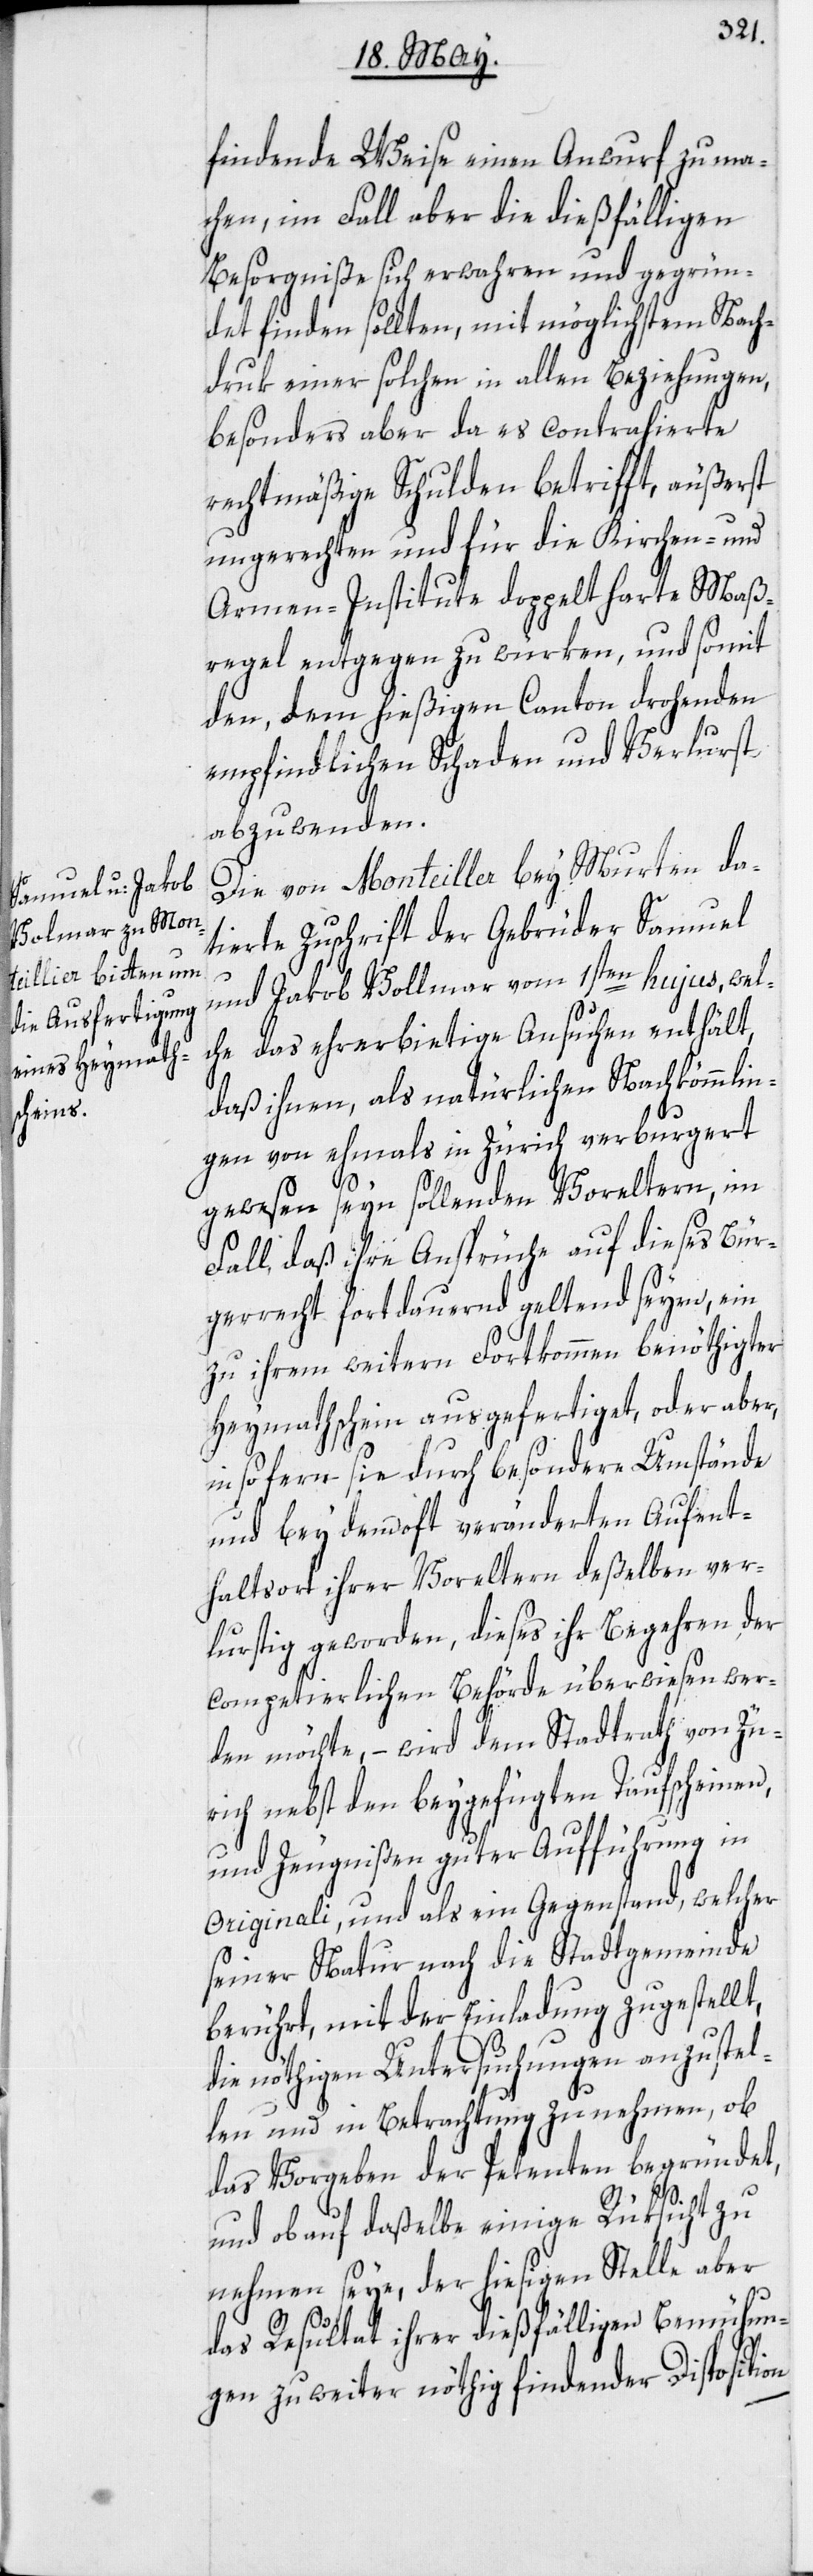
findende Weise einen Anwurf zu ma¬
chen, im Fall aber die dießfälligen
Besorgniße sich erwahren und gegrün¬
det finden sollten, mit möglichstem Nach¬
druk einer solchen in allen Beziehungen,
besonders aber da es contrahierte
rechtmäßige Schulden betrifft, äußerst
ungerechten und für die Kirchen- und
Armen-Institute doppelt harte Maß¬
regel entgegen zu würken, und somit
den, dem hießigen Canton drohenden
empfindlichen Schaden und Verlurst
abzuwenden.
Die von Monteiller bey Murten da¬
tierte Zuschrift der Gebrüder Samuel
und Jakob Vollmar [sic!] vom 1sten hujus, wel¬
che das ehrerbietige Ansuchen enthält,
daß ihnen, als natürlichen Nachkömmlin¬
gen von ehmals in Zürich verburgert
gewesen seyn sollenden Voreltern, im
Fall, daß ihre Ansprüche auf dieses Bür¬
gerrecht fortdauernd geltend seyen, ein
zu ihrem weitern Fortkommen benöthigter
Heymathschein ausgefertiget, oder aber,
in so fern sie durch besondere Umstände
und bey dem oft veränderten Aufent¬
haltsort ihrer Voreltern deßelben ver¬
lurstig geworden, dieses ihr Begehren, der
competierlichen Behörde überwiesen wer¬
den möchte, – wird dem Stadtrath von Zü¬
rich nebst den beygefügten Taufscheinen,
und Zeugnißen guter Aufführung in
originali, und als ein Gegenstand, welcher
seiner Natur nach die Stadtgemeinde
berührt, mit der Einladung zugestellt,
die nöthigen Untersuchungen anzustel¬
len und in Betrachtung zu nehmen, ob
das Vorgeben der Petenten begründet,
und ob auf daßelbe einige Rüksicht zu
nehmen seye, der hiesigen Stelle aber
das Resultat ihrer dießfälligen Bemühun¬
gen zu weiter nöthig findender Disposition